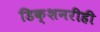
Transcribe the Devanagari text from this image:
डिक्शनरीही